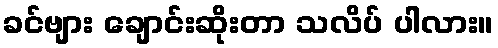
ခင်ဗျား ချောင်းဆိုးတာ သလိပ် ပါလား။